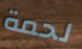
لحمة